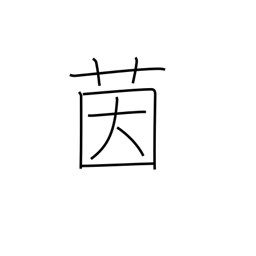
Meaning: mattress